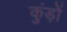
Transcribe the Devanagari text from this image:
कुंड़ों